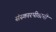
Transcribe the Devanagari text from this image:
संस्कारपीठाची